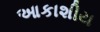
આકાશીય